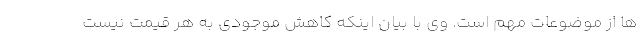
ها از موضوعات مهم است. وی با بیان اینکه کاهش موجودی به هر قیمت نیست